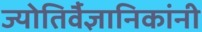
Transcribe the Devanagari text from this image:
ज्योतिर्वैज्ञानिकांनी